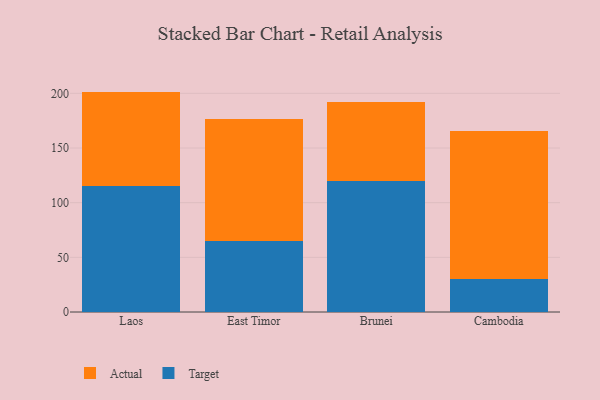
{"axis": {"x": "Country", "y": "Shipments"}, "legend": ["Actual", "Target"], "data": [{"x": "Laos", "y": 114.8, "type": "Target"}, {"x": "Laos", "y": 86.8, "type": "Actual"}, {"x": "East Timor", "y": 64.9, "type": "Target"}, {"x": "East Timor", "y": 111.2, "type": "Actual"}, {"x": "Brunei", "y": 120.2, "type": "Target"}, {"x": "Brunei", "y": 71.8, "type": "Actual"}, {"x": "Cambodia", "y": 30.5, "type": "Target"}, {"x": "Cambodia", "y": 135.5, "type": "Actual"}]}